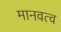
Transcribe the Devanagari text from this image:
मानवत्व